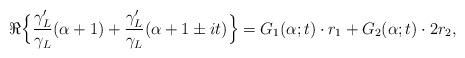
LaTeX: \begin{align*}\Re\Big\{\frac{\gamma_L'}{\gamma_L}(\alpha+1) + \frac{\gamma_L'}{\gamma_L}(\alpha+1\pm it) \Big\} & = G_1(\alpha; t) \cdot r_1 + G_2(\alpha; t) \cdot 2 r_2,\end{align*}